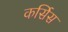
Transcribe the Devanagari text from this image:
कर्सिस